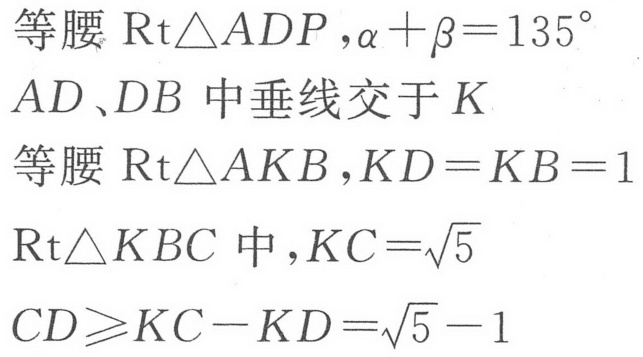
等腰 \(\text{Rt}\triangle ADP,\alpha+\beta = 135^{\circ}\)
\(AD、DB\) 中垂线交于 \(K\)
等腰 \(\text{Rt}\triangle AKB,KD = KB = 1\)
\(\text{Rt}\triangle KBC\) 中,\(KC=\sqrt{5}\)
\(CD\geqslant KC - KD=\sqrt{5}-1\)